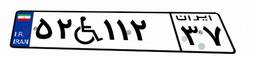
۵۲W۱۱۲۳۷